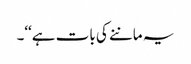
یہ ماننے کی بات ہے‘‘۔